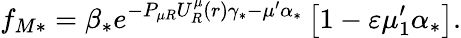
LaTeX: f_{M\ast}=\beta_{\ast}e^{-P_{\mu R}U_{R}^{\mu}\left(r\right)\gamma_{\ast}-\mu^{\prime}\alpha_{\ast}}\left[1-\varepsilon\mu_{1}^{\prime}\alpha_{\ast}\right].